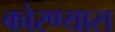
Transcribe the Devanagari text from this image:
कोरण्यास